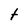
Character: t